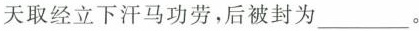
天取经立下汗马功劳，后被封为___。